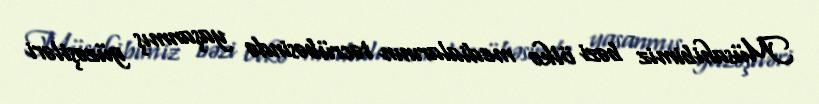
Müsahibimiz bəzi ölkə medialarının təcrübəsində yaşanmış güzəştləri